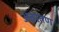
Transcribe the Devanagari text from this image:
अवरतण